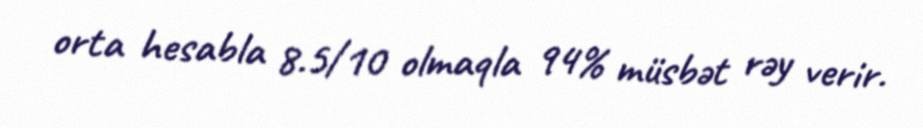
orta hesabla 8.5/10 olmaqla 94% müsbət rəy verir.